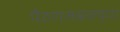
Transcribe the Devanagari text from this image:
पैठणजवळच्या